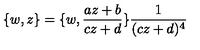
\{ w , z \} = \{ w , \frac { a z + b } { c z + d } \} \frac { 1 } { ( c z + d ) ^ { 4 } }